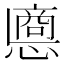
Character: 𢠀